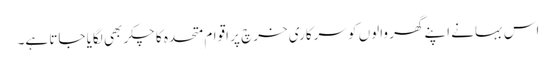
اس بہانے اپنے گھر والوں کو سرکاری خرچ پر اقوام متحدہ کا چکر بھی لگایا جاتا ہے۔